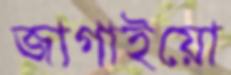
জাগাইয়ো